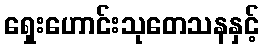
ရှေးဟောင်းသုတေသနနှင့်